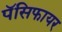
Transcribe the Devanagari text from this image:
पॅसिफायर